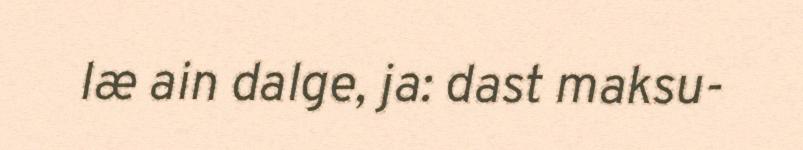
læ ain dalge, ja: dast maksu-